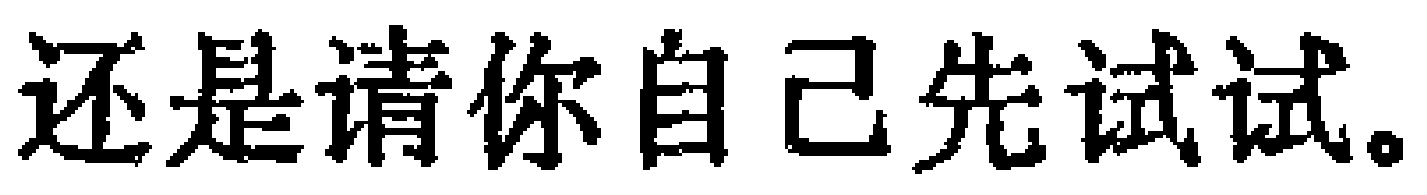
还是请你自己先试试。